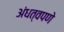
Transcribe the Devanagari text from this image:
अंधत्वपणे